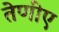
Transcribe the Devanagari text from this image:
तेणीए